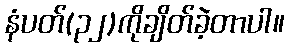
နံပတ်(၃၂)ကိုချိတ်ခဲ့တာပါ။